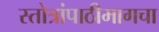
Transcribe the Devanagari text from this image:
स्तोत्रांपाठीमागचा